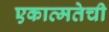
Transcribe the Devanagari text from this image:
एकात्मतेची